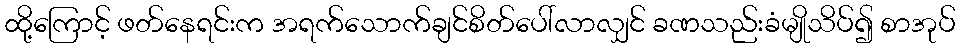
ထို့ကြောင့် ဖတ်နေရင်းက အရက်သောက်ချင်စိတ်ပေါ်လာလျှင် ခဏသည်းခံမျိုသိပ်၍ စာအုပ်